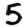
Digit: 5